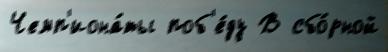
Чемп'иона́ты поб'е́ду В сбо́рной